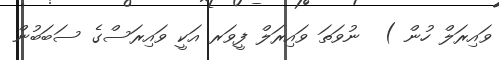
ވައިރަލް ހުން )  ނުވަތަ ވައިރަލް ފީވަރ އަކީ ވައިރަސްގެ ސަބަބުން